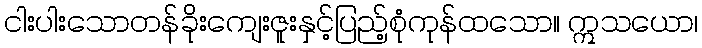
ငါးပါးသောတန်ခိုးကျေးဇူးနှင့်ပြည့်စုံကုန်ထသော။ ဣသယော၊